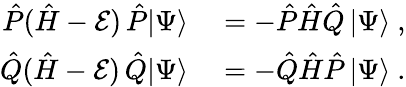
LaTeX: \begin{array}{rl}{\hat{P}(\hat{H}-\mathcal{E})\, \hat{P}|\Psi\rangle}&{{}=-\hat{P}\hat{H}\hat{Q}\, |\Psi\rangle~,}\\ {\hat{Q}(\hat{H}-\mathcal{E})\, \hat{Q}|\Psi\rangle}&{{}=-\hat{Q}\hat{H}\hat{P}\, |\Psi\rangle~.}\end{array}